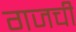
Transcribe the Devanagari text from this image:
गजची